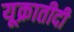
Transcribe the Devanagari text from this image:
यूक्रातीदी